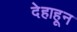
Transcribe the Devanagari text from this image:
देहाहून